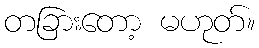
တခြားတော့ မဟုတ်။